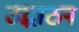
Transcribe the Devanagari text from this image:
उद्धाठन